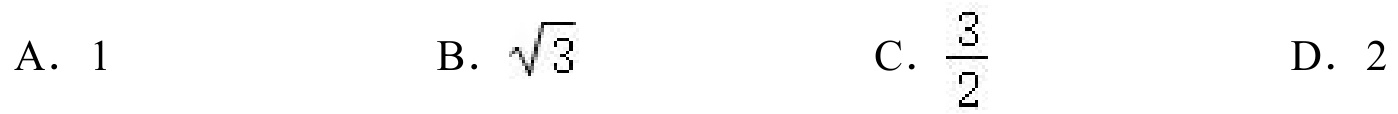
A. \(1\)  B. \(\sqrt{3}\)  C. \(\dfrac{3}{2}\)  D. \(2\)